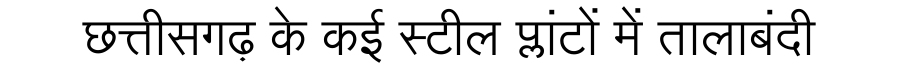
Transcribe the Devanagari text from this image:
छत्तीसगढ़ के कई स्टील प्लांटों में तालाबंदी